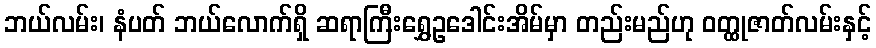
ဘယ်လမ်း၊ နံပတ် ဘယ်လောက်ရှိ ဆရာကြီးရွှေဥဒေါင်းအိမ်မှာ တည်းမည်ဟု ဝတ္ထုဇာတ်လမ်းနှင့်